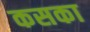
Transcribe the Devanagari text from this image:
कसका